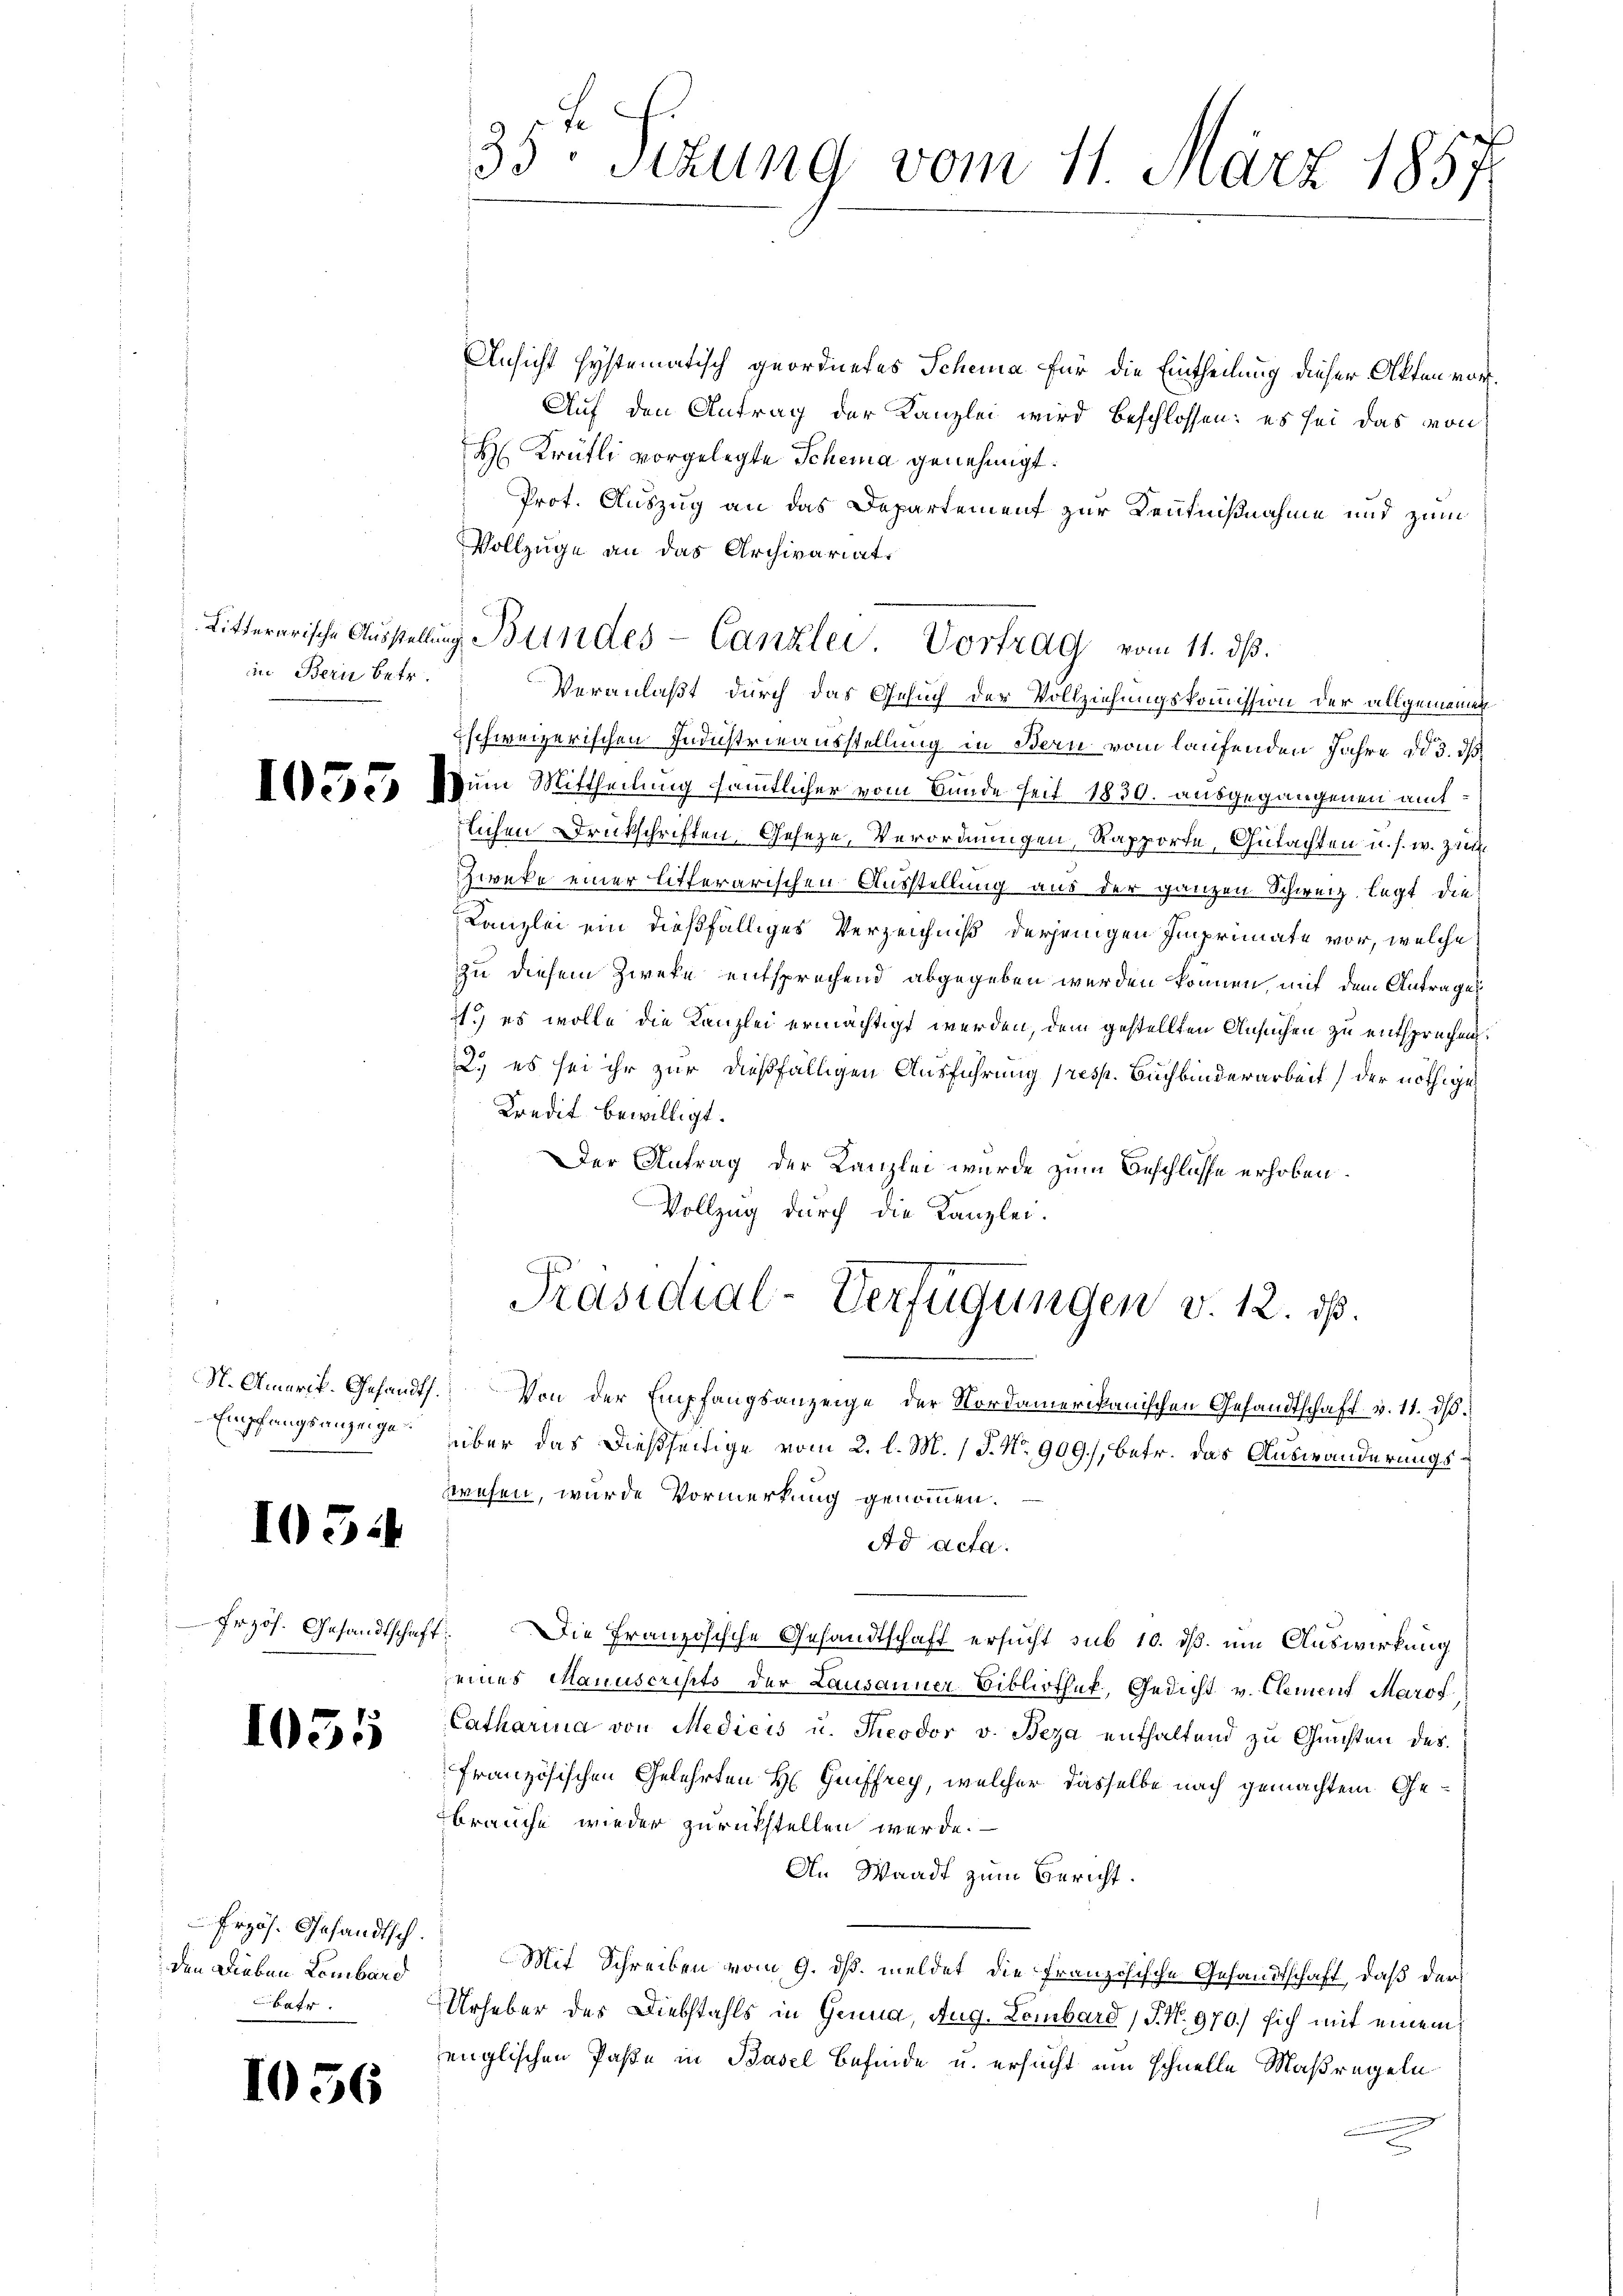
in Bern betr.

1055

103.

Frzös. Gesandtschaft:

1035

Frzös. Gesandtsch.
den Lieben Lombard
batr.

I5

Empfangsanzeige

6

¬

Ansicht hystematisch geordnetes Scheina für die Eintheilung dieser Akten vor¬
Auf den Antrag der Kanzlei wird beschlossen: es sei das von
H Krütli vorgelegte Schema genehmigt.
Prot. Auszug an das Departement zur Kenntnißnahme und zum
Vollzüge an das Archivariat.
lichen Druckschriften, Geseze, Verordnungen, Rapporte, Gutachten u. s. w. zug
Zweke einer litterarischen Ausstellung aus der ganzen Schweiz legt die
Kanzlei ein dießfälliges Verzeichniß derjenigen Imprimate vor, welche
zu diesem Zweke entsprechend abgegeben werden können, mit dem Antrages
71.) es wolle die Kanzlei ermächtigt werden, dem gestellten Ansuchen zu entsprechen.
2.) es sei ihr zur dießfälligen Ausführung (resp. Buchbinderarbeit der nöthige
Kredit bewilligt.
Der Antrag der Kanzlei wurde zum Beschlüsse erhoben.
Vollzug durch die Kanzlei.
Präsidial-Verfügungen v. 12. ds.
N. Amerik. Gesandts. Von der Empfangsanzeige der Nordamerikanischen Gesandtschaft v. 11. dβ.
über das dießseitige vom 2. l. M. / J. No 909), betr. das Auswanderungswesen, wurde Vormerkung genommen.
Ad acta.
Die Französische Gesandtschaft ersucht sub 10. dß. um Auswirkung
seines Manuscripts der Lausanner Bibliothek, Gedicht v. Clement Marof
Catharina von Medicis u. Theodor v. Beza enthaltend zu Gunsten des
französischen Gelehrten H Guiffrey, welcher dasselbe nach gemachtem Gebrauche wieder zurückstellen werde.
An Waadt zum Bericht.
Mit Schreiben vom 9. ds. meldet die Französische Gesandtschaft, daß der
Urheber des Diebstahls in Genug, Aug. Lombard (S. N. 970.) sich mit einem
englischen Paße in Basel befinde u. ersucht um schnelle Maßregeln

35ten Sizung vom 11. März 1857

Litterarische Aŭsstellŭng Bundes-Canzlei Vortrag vom 11. dβ.
Veranlaßt durch das Gesuch der Vollziehungskommission der allgemeinen
schweizerischen Industrieausstellung in Bern vom laufenden Jahre dd 3. ds
Zum Mittheilung sämmtlicher vom Bunde seit 1830. ausgegangenen amt¬